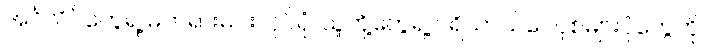
အင်္ဂလိပ်တွေရဲ့ မတရားမင်းလုပ်ပုံ၊ သူတို့တွေရဲ့ ပရိယာယ်ဝေဝုစ်များပုံတွေကို